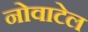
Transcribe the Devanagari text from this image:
नोवाटेल